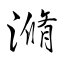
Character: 滫